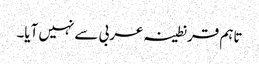
تاہم قرنطینہ عربی سے نہیں آیا۔